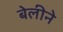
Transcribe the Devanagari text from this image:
बेलीने